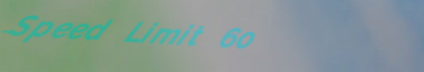
Speed Limit 60